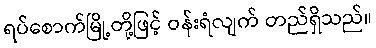
ရပ်စောက်မြို့တို့ဖြင့် ဝန်းရံလျက် တည်ရှိသည်။